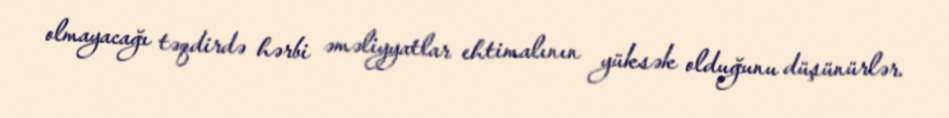
olmayacağı təqdirdə hərbi əməliyyatlar ehtimalının yüksək olduğunu düşünürlər.